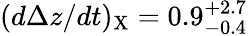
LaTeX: (d\Delta z/dt)_{\mathrm{X}}=0.9_{-0.4}^{+2.7}